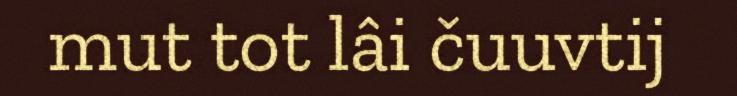
mut tot lâi čuuvtij